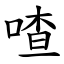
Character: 喳